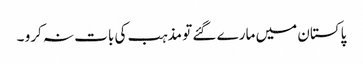
پاکستان میں مارے گئے تو مذہب کی بات نہ کرو ۔